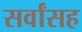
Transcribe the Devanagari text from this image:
सर्वांसह